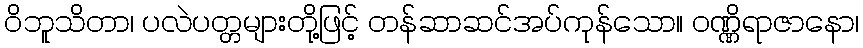
ဝိဘူသိတာ၊ ပလဲပတ္တများတို့ဖြင့် တန်ဆာဆင်အပ်ကုန်သော။ ဝဏ္ဏိရာဇာနော၊